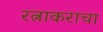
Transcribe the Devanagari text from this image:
रत्नाकराचा